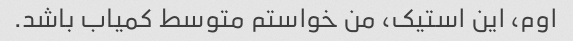
اوم، این استیک، من خواستم متوسط ​​کمیاب باشد.